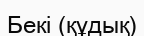
Бекі (құдық)